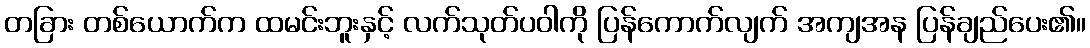
တခြား တစ်ယောက်က ထမင်းဘူးနှင့် လက်သုတ်ပဝါကို ပြန်ကောက်လျက် အကျအန ပြန်ချည်ပေး၏။